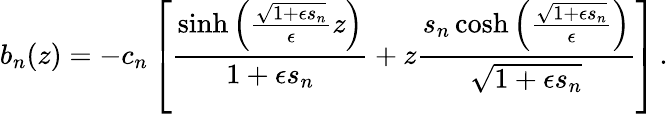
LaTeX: b_{n}(z)=-c_{n}\left[\frac{\sinh\left(\frac{\sqrt{1+\epsilon s_{n}}}{\epsilon}z\right)}{1+\epsilon s_{n}}+z\frac{s_{n}\cosh\left(\frac{\sqrt{1+\epsilon s_{n}}}{\epsilon}\right)}{\sqrt{1+\epsilon s_{n}}}\right]\, .